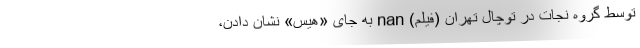
توسط گروه نجات در توچال تهران (فیلم) nan به جای «هیس» نشان دادن،